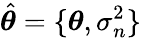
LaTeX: \hat{\boldsymbol{\theta}}=\{ \boldsymbol{\theta},\sigma_{n}^{2}\}